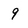
Character: 9